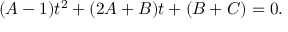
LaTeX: ( A - 1 ) t ^ { 2 } + ( 2 A + B ) t + ( B + C ) = 0 .